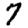
Digit: 7